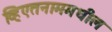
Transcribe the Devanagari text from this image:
व्हिएतनाममधील